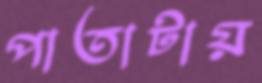
পাতাটায়